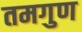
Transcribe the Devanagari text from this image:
तमगुण